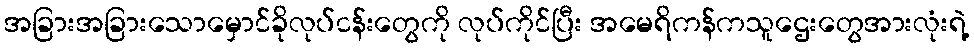
အခြားအခြားသောမှောင်ခိုလုပ်ငန်းတွေကို လုပ်ကိုင်ပြီး အမေရိကန်ကသူဌေးတွေအားလုံးရဲ့